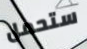
ستحمل